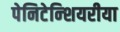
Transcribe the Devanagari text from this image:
पेनिटेन्शियरीया